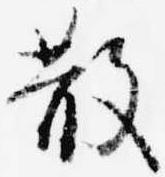
散